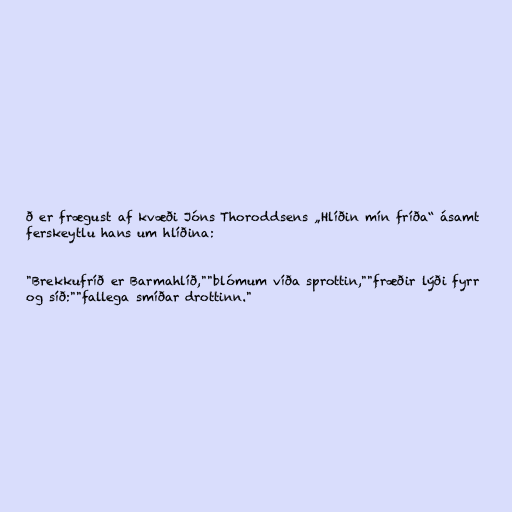
ð er frægust af kvæði Jóns Thoroddsens „Hlíðin mín fríða“ ásamt
ferskeytlu hans um hlíðina:

"Brekkufríð er Barmahlíð,""blómum víða sprottin,""fræðir lýði fyrr
og síð:""fallega smíðar drottinn."